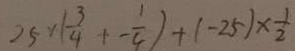
2 5 \times ( \frac { 3 } { 4 } + - \frac { 1 } { 4 } ) + ( - 2 5 ) \times \frac { 1 } { 2 }